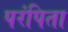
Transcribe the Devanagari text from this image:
परंपिता